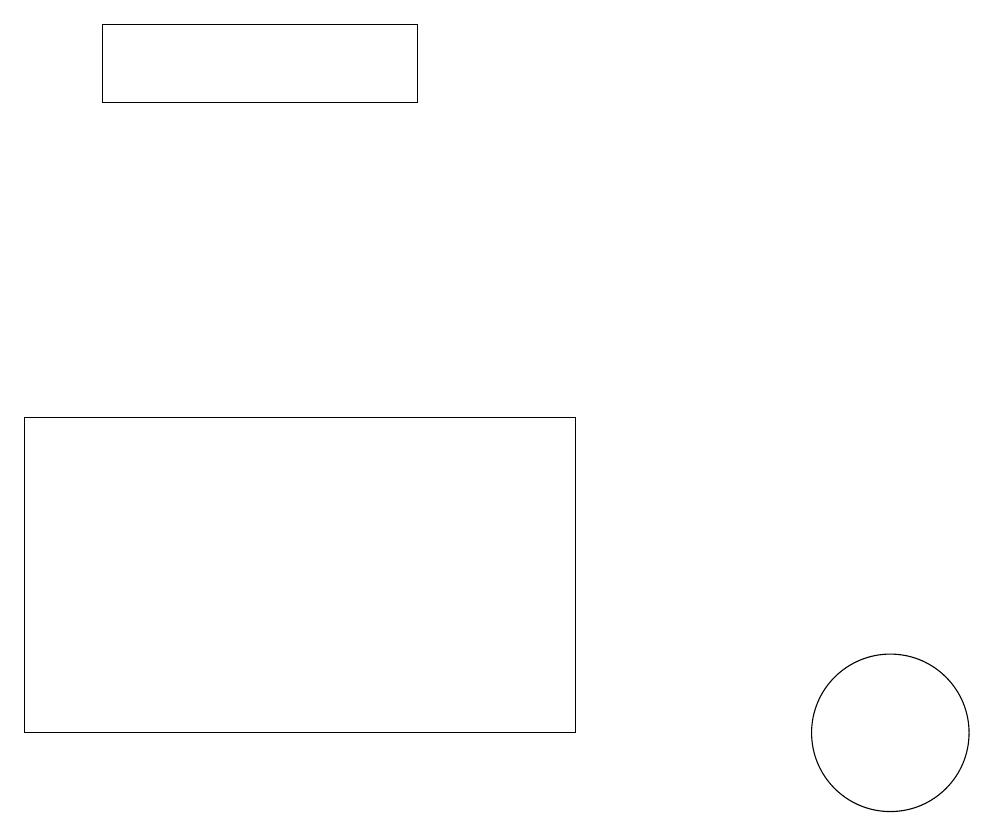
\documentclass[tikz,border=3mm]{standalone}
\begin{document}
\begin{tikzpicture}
\draw (1,19) rectangle (5,18);
\draw (7,10) rectangle (0,14);
\draw (11,10) circle (1);
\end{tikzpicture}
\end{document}